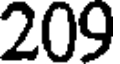
209